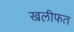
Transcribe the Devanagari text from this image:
खलीफत